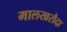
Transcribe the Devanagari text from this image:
मालखरौदा